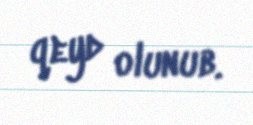
qeyd olunub.